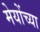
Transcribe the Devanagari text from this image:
मेयोंच्या